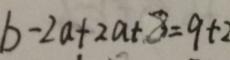
b - 2 a + 2 a - 8 = 9 + 2